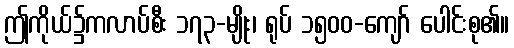
ဤကိုယ်၌ကလာပ်စီး ၁၇၃-မျိုး၊ ရုပ် ၁၅၀၀-ကျော် ပေါင်းစု၏။